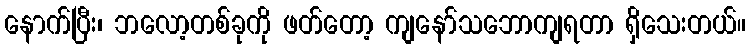
နောက်ပြီး၊ ဘလော့တစ်ခုကို ဖတ်တော့ ကျနော်သဘောကျရတာ ရှိသေးတယ်။